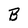
Character: B